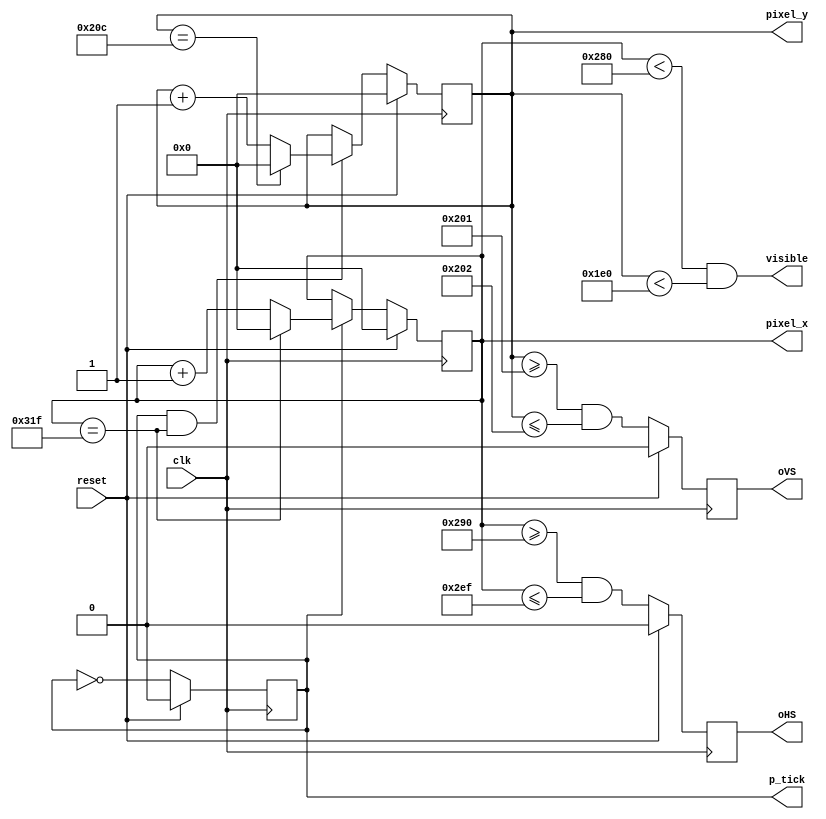
//############################################################################
//++++++++++++++++++++++++++++++++++++++++++++++++++++++++++++++++++++++++++++
//   (C) Copyright Laboratory System Integration and Silicon Implementation
//   All Right Reserved
//++++++++++++++++++++++++++++++++++++++++++++++++++++++++++++++++++++++++++++
//
//   2012 DLAB Course
//   Lab08      : PING_PONG_GAME
//                
//++++++++++++++++++++++++++++++++++++++++++++++++++++++++++++++++++++++++++++
//
//   Module Name : vga_sync
//   Release version : v1.0 (Release Date: Apr-2012)
//
//++++++++++++++++++++++++++++++++++++++++++++++++++++++++++++++++++++++++++++
//############################################################################
module vga_sync(
  input clk, 
  input reset,
  output wire oHS, 
  output wire oVS, 
  output wire visible, 
  output wire p_tick,
  output wire [9:0] pixel_x, 
  output wire [9:0] pixel_y
  );

   // VGA 640-by-480 sync parameters
   parameter HD = 640; // horizontal display area
   parameter HF = 48 ; // h. front (left) border
   parameter HB = 16 ; // h. back (right) border
   parameter HR = 96 ; // h. retrace
   parameter VD = 480; // vertical display area
   parameter VF = 10;  // v. front (top) border
   parameter VB = 33;  // v. back (bottom) border
   parameter VR = 2;   // v. retrace

   // mod-2 counter
   reg mod2_reg;
   wire mod2_next;
   // sync counters
   reg [9:0] h_count_reg, h_count_next;
   reg [9:0] v_count_reg, v_count_next;
   // output buffer
   reg v_sync_reg, h_sync_reg;
   wire v_sync_next, h_sync_next;
   // status signal
   wire h_end, v_end, pixel_tick;

   // registers
   always @(posedge clk) begin
      if (reset)
         begin
            mod2_reg <= 1'b0;
            v_count_reg <= 0;
            h_count_reg <= 0;
            v_sync_reg <= 1'b0;
            h_sync_reg <= 1'b0;
         end
      else
         begin
            mod2_reg <= mod2_next;
            v_count_reg <= v_count_next;
            h_count_reg <= h_count_next;
            v_sync_reg <= v_sync_next;
            h_sync_reg <= h_sync_next;
         end
	end
   // mod-2 circuit to generate 25 MHz enable tick
   assign mod2_next = ~mod2_reg;
   assign pixel_tick = mod2_reg;

   // end of horizontal counter (799)
   assign h_end = (h_count_reg==(HD+HF+HB+HR-1));
   // end of vertical counter (524)
   assign v_end = (v_count_reg==(VD+VF+VB+VR-1));

   // next-state logic of mod-800 horizontal sync counter
   always @(*) begin
      if (pixel_tick) begin  // 25 MHz pulse
         if (h_end)
            h_count_next = 0;
         else
            h_count_next = h_count_reg + 1;
      end
	  else
         h_count_next = h_count_reg;
	end
   // next-state logic of mod-525 vertical sync counter
   always @(*) begin
      if (pixel_tick & h_end) begin // 25 MHz pulse
         if (v_end)
            v_count_next = 0;
         else
            v_count_next = v_count_reg + 1;
	  end
      else
         v_count_next = v_count_reg;
	end
   // horizontal and vertical sync, buffered to avoid glitch
   // h_sync_next asserted between 656 and 751
   assign h_sync_next = (h_count_reg>=(HD+HB) &&
                         h_count_reg<=(HD+HB+HR-1));
   // vh_sync_next asserted between 490 and 491
   assign v_sync_next = (v_count_reg>=(VD+VB) &&
                         v_count_reg<=(VD+VB+VR-1));

   // video on/off
   assign visible = (h_count_reg<HD) && (v_count_reg<VD);

   // output
   assign oHS = h_sync_reg;
   assign oVS = v_sync_reg;
   assign pixel_x = h_count_reg;
   assign pixel_y = v_count_reg;
   assign p_tick = pixel_tick;

endmodule